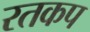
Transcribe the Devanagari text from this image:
रतकप